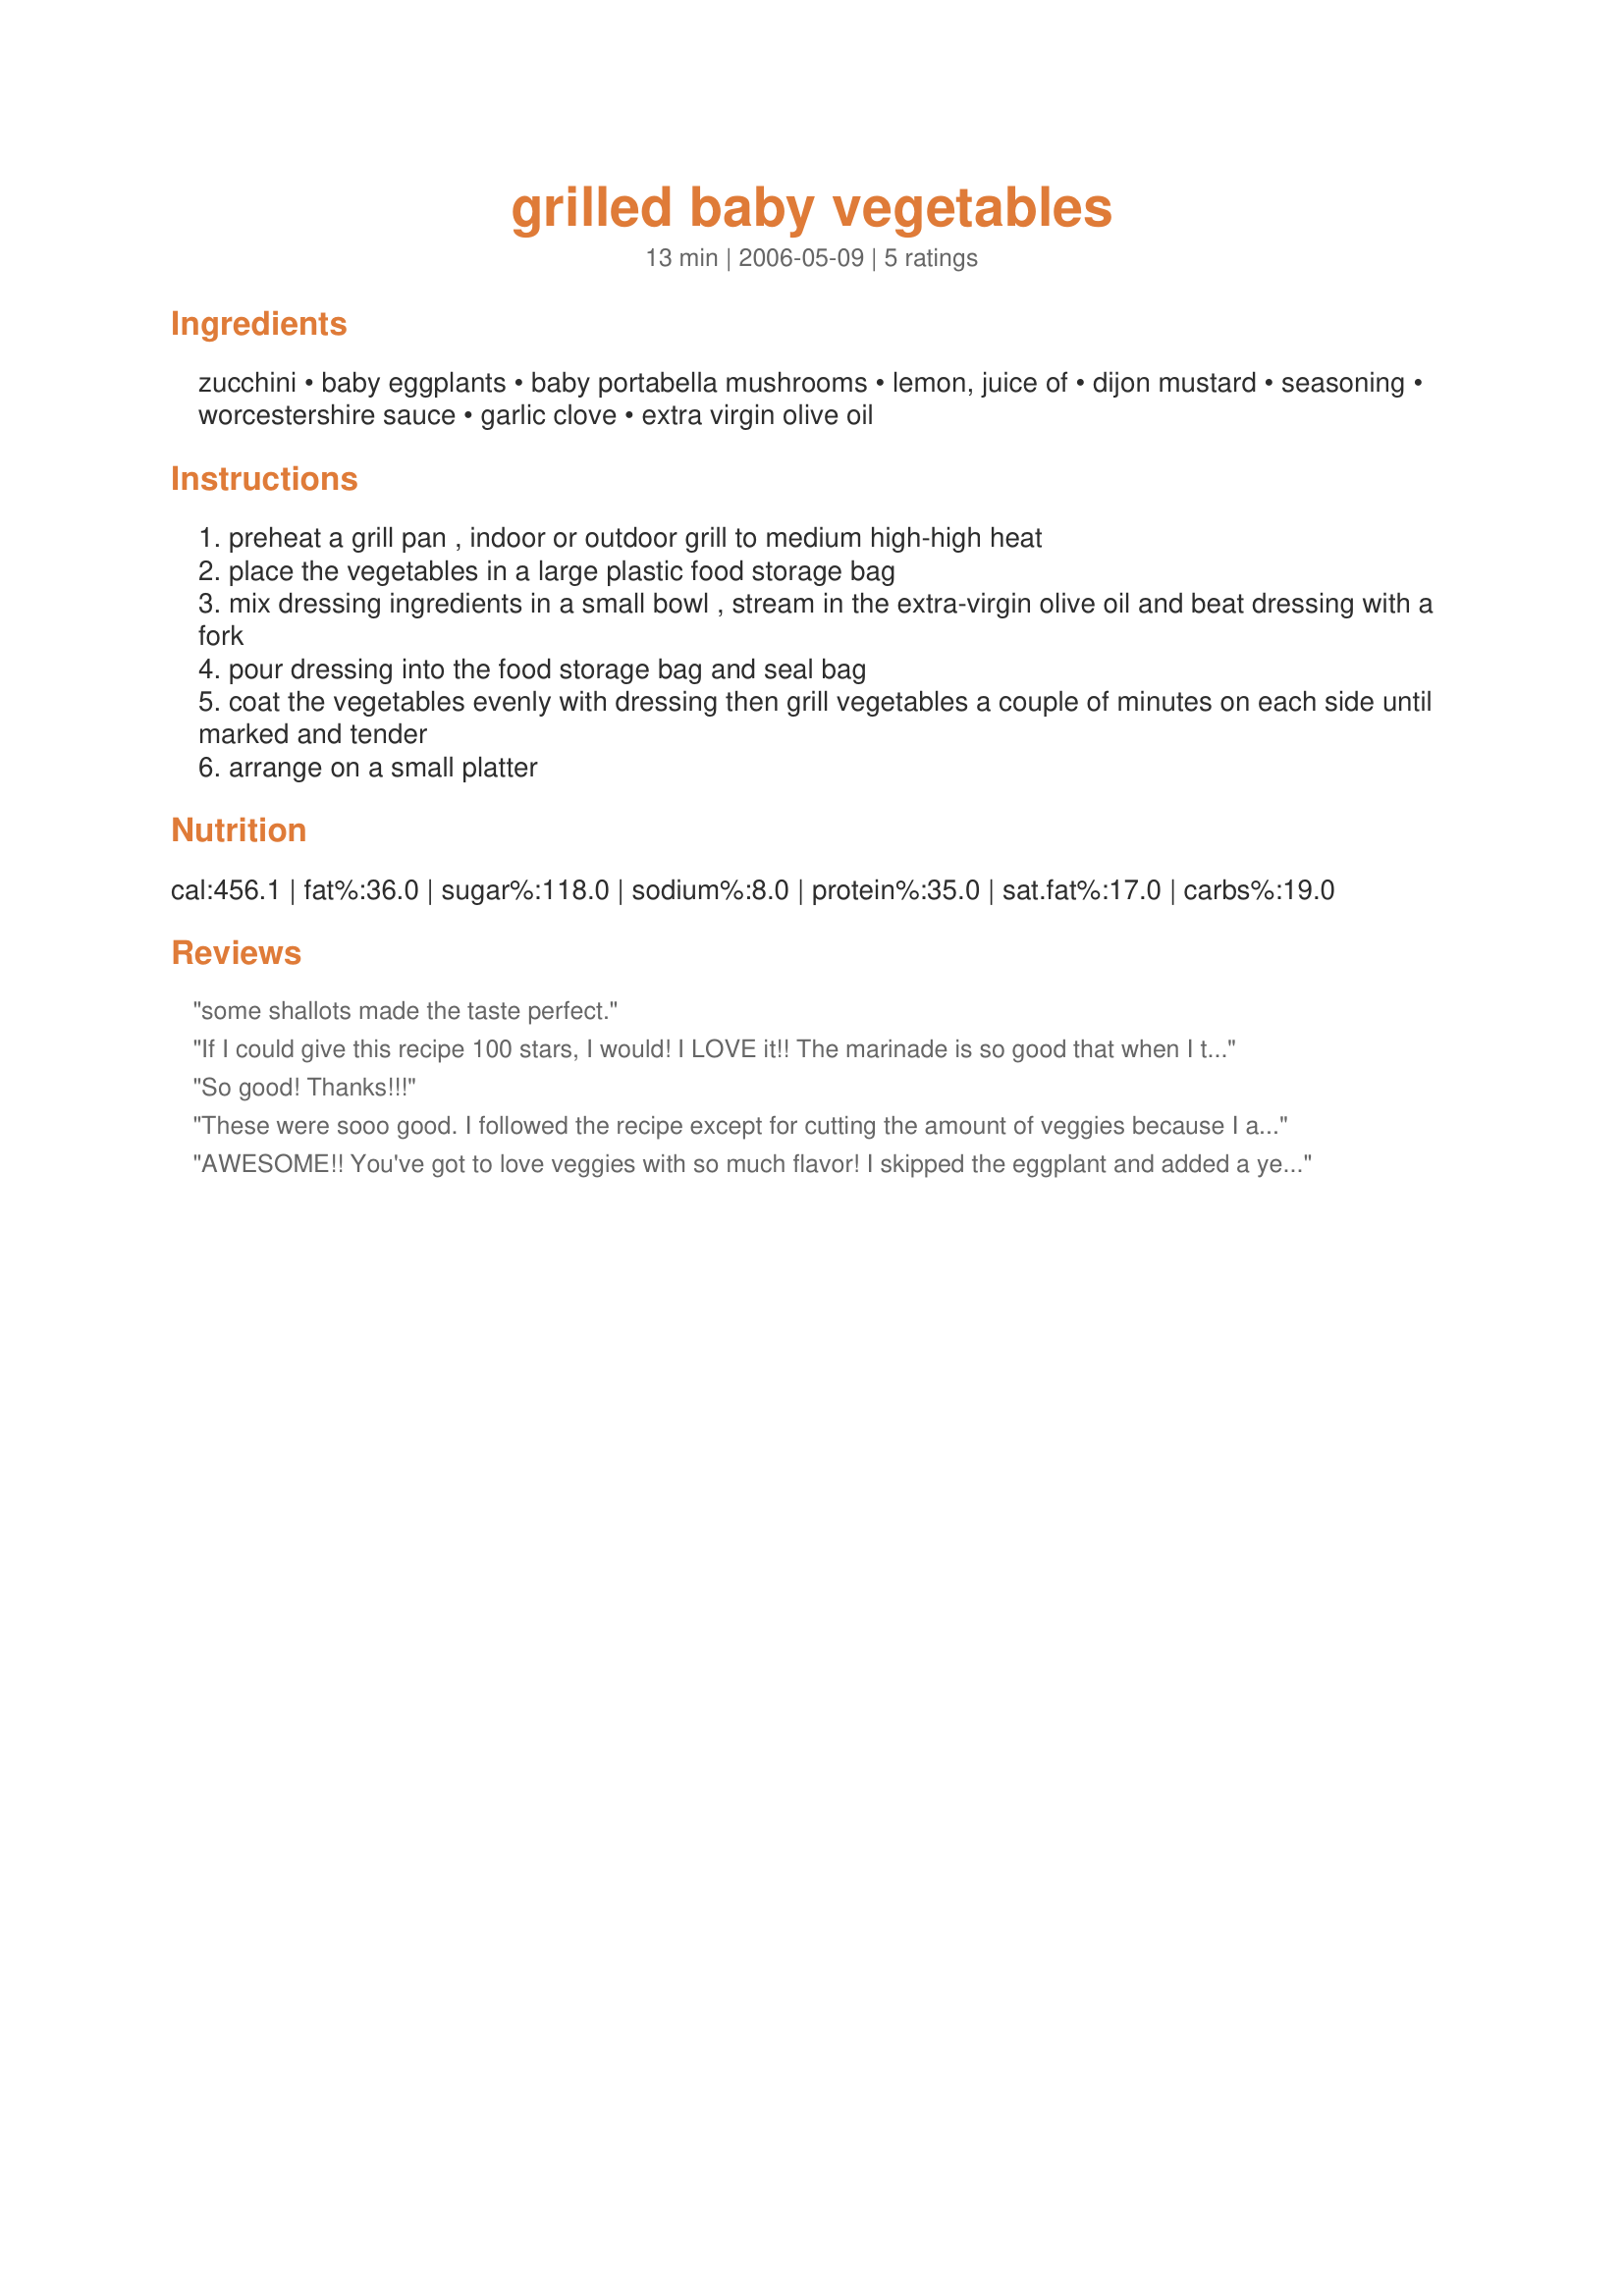
grilled baby vegetables
Preparation time: 13 minutes

Ingredients:
zucchini, baby eggplants, baby portabella mushrooms, lemon, juice of, dijon mustard, seasoning, worcestershire sauce, garlic clove, extra virgin olive oil

Steps:
preheat a grill pan , indoor or outdoor grill to medium high-high heat
place the vegetables in a large plastic food storage bag
mix dressing ingredients in a small bowl , stream in the extra-virgin olive oil and beat dressing with a fork
pour dressing into the food storage bag and seal bag
coat the vegetables evenly with dressing then grill vegetables a couple of minutes on each side until marked and tender
arrange on a small platter

Reviews:
some shallots made the taste perfect.
If I could give this recipe 100 stars, I would! I LOVE it!! The marinade is so good that when I tried the final dish, I went to the fridge to see what other veggies I had to grill. Unfortunately, I only had broccoli and cucumbers in the crisper :( Anyway, I will only be using this marinade from now on for my grilled veggies, that's for sure!! It is soooo flavorful! I made it exactly as written and wouldn't change a thing....except to triple the recipe :) Did I mention I LOVE it?!? Thanks so much Mimi. Recipe made for Zaar Tag.
Updated: I truly use this recipe so much! I mix beef or chicken chunks with the veggies (I really love broccoli grilled now) and have tried every veggie under the sun with this marinade. I have never been disappointed! Still making it on the George Foreman, and it cooks up so great! Thanks AGAIN Mimi for this fantastic recipe.
So good! Thanks!!!
These were sooo good. I followed the recipe except for cutting the amount of veggies because I am the only one in my house that eats them. I filled up on these and left the rest of supper for everyone else!! I wish my camera battery wasn't dead. They were beautiful. These are better than my own recipe...so this is my new recipe. ;)
AWESOME!! You've got to love veggies with so much flavor! I skipped the eggplant and added a yellow zucchini, otherwise followed the recipe exactly. I think I could have licked my plate clean! I will make my veggies, especially mushrooms, this way again many times over. It was super easy on a grill pan, too. Thanks, Mimi!
